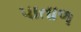
પાતાળ